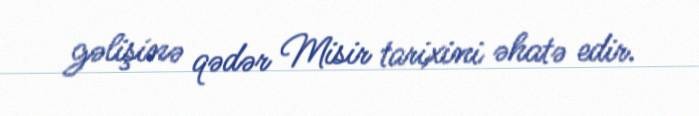
gəlişinə qədər Misir tarixini əhatə edir.